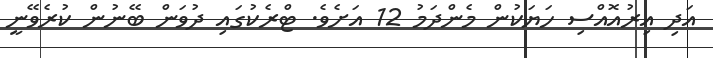
އަދި އިރުއޮއްސި ހަޔަކުން މެންދަމު 12 އަށެވެ. ޓްރެކުގައި ދުވަން ބޭނުން ކުރެވޭނީ